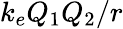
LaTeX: k_{e}Q_{1}Q_{2}/r